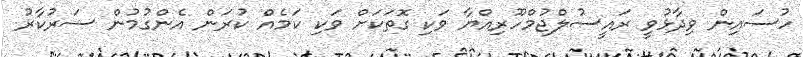
ހުސައިން ވިދާޅުވީ ރައީސުލްޖުމްހޫރިއްޔާ ވަކި ގޮތަކަށް ވަކި ކަމެއް ކުރަން އެންގުމުން ސަރުކާރު